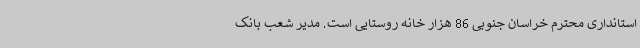
استانداری محترم خراسان جنوبی 86 هزار خانه روستایی است. مدیر شعب بانک